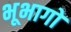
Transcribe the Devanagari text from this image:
भूभागो